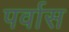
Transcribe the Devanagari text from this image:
पर्वास